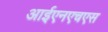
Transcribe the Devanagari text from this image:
आईएनएचएस